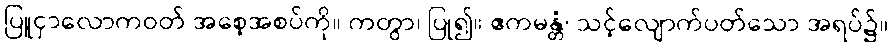
ပြူငှာလောကဝတ် အစေ့အစပ်ကို။ ကတွာ၊ ပြု၍။ ဧကမန္တံ၊ သင့်လျောက်ပတ်သော အရပ်၌။